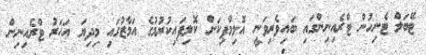
ޓޭބަލް ޓެނިހުން ޓްރެއިނިންގައި ބައިވެރިވަނީ އޮލިމްޕިކަށް ކޮލިފައިކުރުމުގެ އަމާޒުގައި މިދިޔަ އަހަރު ޓްރެއިނިން